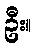
ဦး။